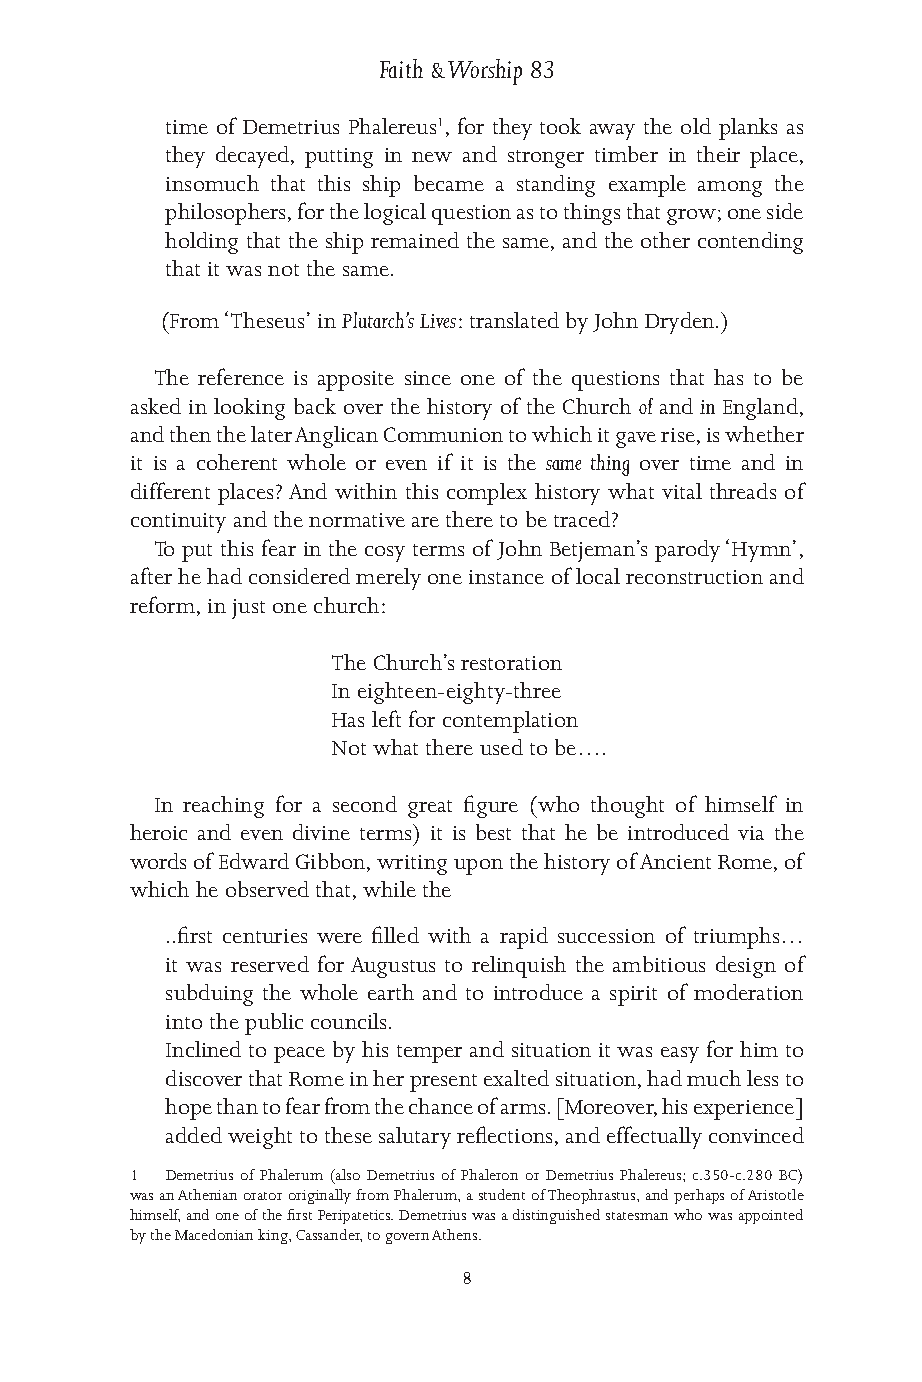
Faith & Worship 83
 time of Demetrius Phalereus1, for they took away the old planks as
 they decayed, putting in new and stronger timber in their place,
 insomuch that this ship became a standing example among the
 philosophers, for the logical question as to things that grow; one side
 holding that the ship remained the same, and the other contending
 that it was not the same.
 (From ‘Theseus’ in Plutarch’s Lives: translated by John Dryden.)
 The reference is apposite since one of the questions that has to be
 asked in looking back over the history of the Church of and in England,
 and then the later Anglican Communion to which it gave rise, is whether
 it is a coherent whole or even if it is the same thing over time and in
 different places? And within this complex history what vital threads of
 continuity and the normative are there to be traced?
 To put this fear in the cosy terms of John Betjeman’s parody ‘Hymn’,
 after he had considered merely one instance of local reconstruction and
 reform, in just one church:
 The Church’s restoration
 In eighteen-eighty-three
 Has left for contemplation
 Not what there used to be….
 In reaching for a second great figure (who thought of himself in
 heroic and even divine terms) it is best that he be introduced via the
 words of Edward Gibbon, writing upon the history of Ancient Rome, of
 which he observed that, while the
 ..first centuries were filled with a rapid succession of triumphs…
 it was reserved for Augustus to relinquish the ambitious design of
 subduing the whole earth and to introduce a spirit of moderation
 into the public councils.
 Inclined to peace by his temper and situation it was easy for him to
 discover that Rome in her present exalted situation, had much less to
 hope than to fear from the chance of arms. [Moreover, his experience]
 added weight to these salutary reflections, and effectually convinced
 1 Demetrius of Phalerum (also Demetrius of Phaleron or Demetrius Phalereus; c.350-c.280 BC)
 was an Athenian orator originally from Phalerum, a student of Theophrastus, and perhaps of Aristotle
 himself, and one of the first Peripatetics. Demetrius was a distinguished statesman who was appointed
 by the Macedonian king, Cassander, to govern Athens.
 8